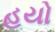
હયો